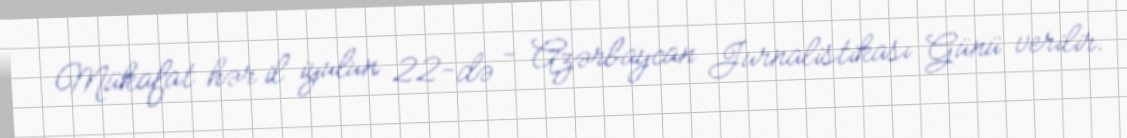
Mükafat hər il iyulun 22-də - Azərbaycan Jurnalistikası Günü verilir.